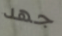
جهد